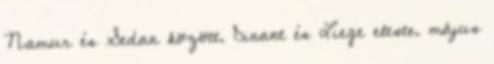
Namur és Sedan között. Dinant és Liege eleste. május